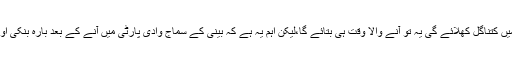
اب ان لیڈروں کی سماج وادی پارٹی میں واپسی اپنے علاقوں کی سیاست میں کتناگل کھلائے گی یہ تو آنے والا وقت ہی بتائے گا،لیکن اہم یہ ہے کہ بینی کے سماج وادی پارٹی میں آنے کے بعد بارہ بنکی اور آس پاس کے ضلعوں میں کانگریس کے وجود کو خطرہ پیدا ہو گیا ہے۔